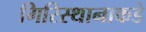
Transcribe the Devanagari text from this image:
गिरिस्थानाकडे